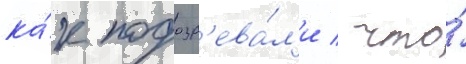
ка́к подозр'ева́л'и / что́